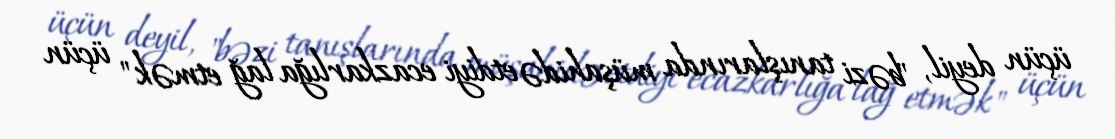
üçün deyil, "bəzi tanışlarında müşahidə etdiyi ecazkarlığa lağ etmək" üçün